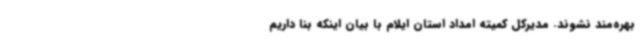
بهره‌مند نشوند. مدیرکل کمیته امداد استان ایلام با بیان اینکه بنا داریم